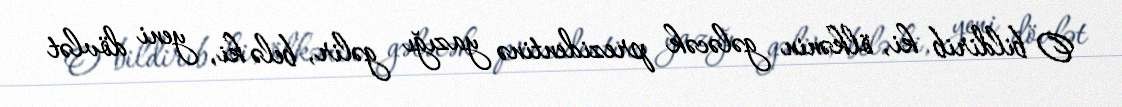
O bildirib ki, ölkənin gələcək prezidentinə yazığı gəlir, belə ki, yeni dövlət